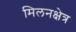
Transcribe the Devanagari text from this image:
मिलनक्षेत्र